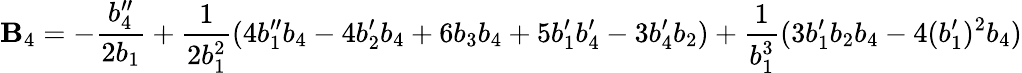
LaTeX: \mathbf{B}_{4}=-\frac{{b_{4}^{\prime\prime}}}{{2b_{1}}}+\frac{{1}}{{2b_{1}^{2}}}(4b_{1}^{\prime\prime}b_{4}-4b_{2}^{\prime}b_{4}+6b_{3}b_{4}+5b_{1}^{\prime}b_{4}^{\prime}-3b_{4}^{\prime}b_{2})+\frac{{1}}{{b_{1}^{3}}}(3b_{1}^{\prime}b_{2}b_{4}-4(b_{1}^{\prime})^{2}b_{4})